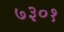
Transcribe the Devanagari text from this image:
७३०१